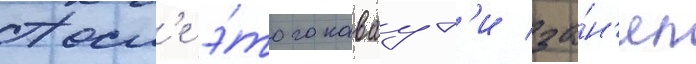
Посл'е э́того каваут'и за́н'ял